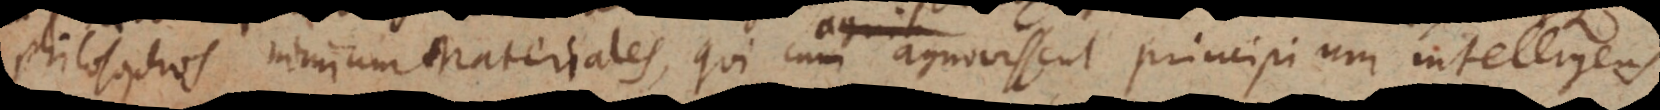
Philosophos nimium Materiales, qui cum agnovissent principium intelligen